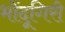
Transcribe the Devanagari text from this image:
भोंदूगिरी